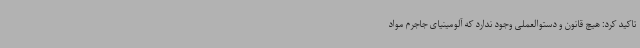
تاکید کرد: هیچ قانون و دستوالعملی وجود ندارد که آلومینیای جاجرم مواد